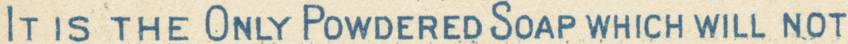
IT IS THE ONLY POWDERED SOAP WHICH WILL NOT